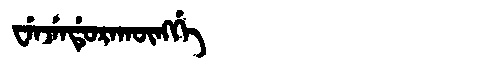
Manchu: ᠸᡝᠨᠵᡝᠨᡩᡠᡵᠠᡴᡡᠩᡤᡝ
Romanization: WENJENDURAKŪNGGE